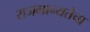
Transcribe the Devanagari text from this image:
राजमान्यतेचा